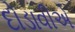
દોડાવીએ